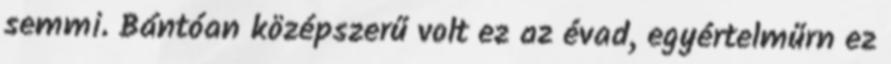
semmi. Bántóan középszerű volt ez az évad, egyértelműrn ez